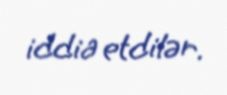
iddia etdilər.